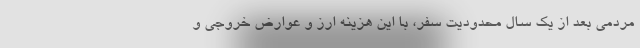
مردمی بعد از یک سال محدودیتِ سفر، با این هزینه ارز و عوارض خروجی و